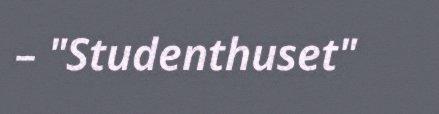
– "Studenthuset"